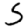
Digit: 5